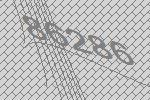
86286